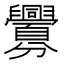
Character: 𮍲